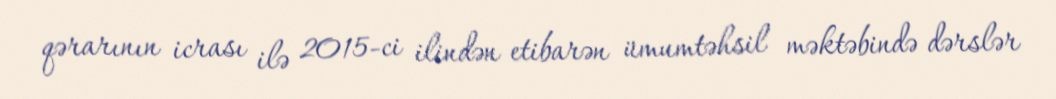
qərarının icrası ilə 2015-ci ilindən etibarən ümumtəhsil məktəbində dərslər